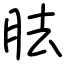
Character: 胠